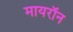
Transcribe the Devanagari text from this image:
मायरॉन